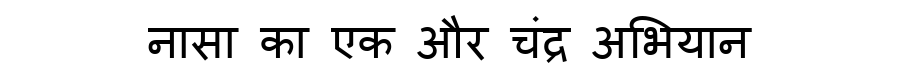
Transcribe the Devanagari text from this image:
नासा का एक और चंद्र अभियान